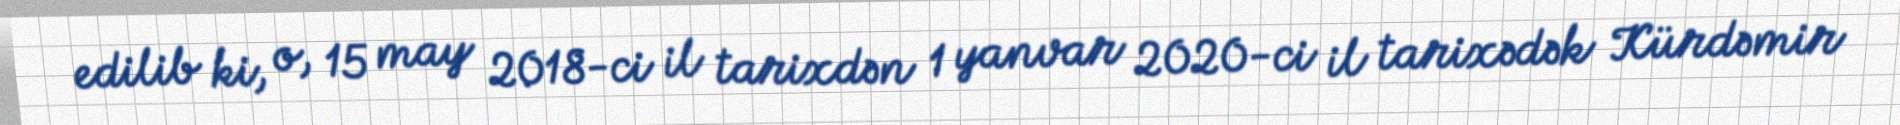
edilib ki, o, 15 may 2018-ci il tarixdən 1 yanvar 2020-ci il tarixədək Kürdəmir